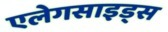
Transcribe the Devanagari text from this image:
एलेगसाइड्स